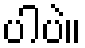
ပါပဲ။